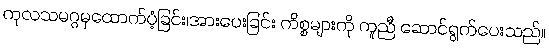
ကုလသမဂ္ဂမှထောက်ပံ့ခြင်း၊အားပေးခြင်း ကိစ္စများကို ကူညီ ဆောင်ရွက်ပေးသည်။